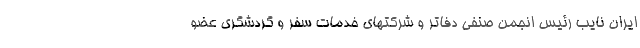
ایران نایب رئیس انجمن صنفی دفاتر و شرکتهای خدمات سفر و گردشگری عضو